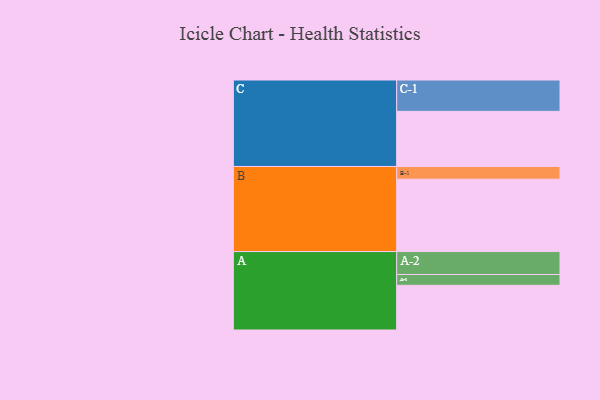
{"axis": {"x": "Segment", "y": "Value"}, "legend": ["", "A", "B", "C"], "data": [{"x": "A", "y": 355, "type": ""}, {"x": "B", "y": 575, "type": ""}, {"x": "C", "y": 438, "type": ""}, {"x": "A-1", "y": 86, "type": "A"}, {"x": "A-2", "y": 182, "type": "A"}, {"x": "B-1", "y": 101, "type": "B"}, {"x": "C-1", "y": 249, "type": "C"}]}